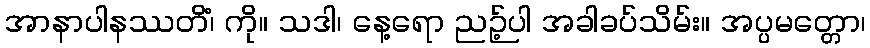
အာနာပါနဿတိံ၊ ကို။ သဒါ၊ နေ့ရော ညဉ့်ပါ အခါခပ်သိမ်း။ အပ္ပမတ္တော၊